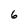
Character: 6